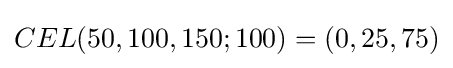
CEL(50,100,150;100)=(0,25,75)